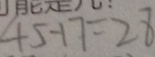
4 5 - 1 7 = 2 8